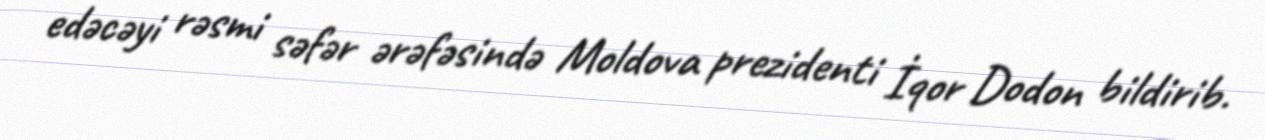
edəcəyi rəsmi səfər ərəfəsində Moldova prezidenti İqor Dodon bildirib.